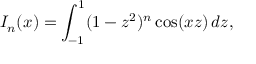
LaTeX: I _ { n } ( x ) = \int _ { - 1 } ^ { 1 } ( 1 - z ^ { 2 } ) ^ { n } \cos ( x z ) \, d z ,